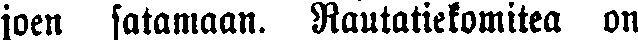
joen satamaan. Rautatiekomitea on